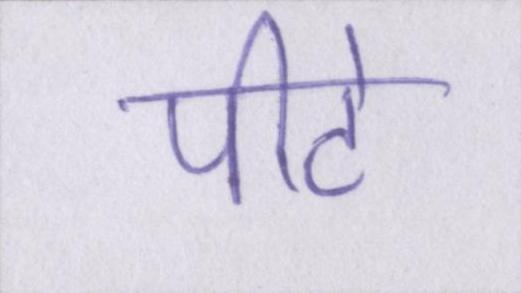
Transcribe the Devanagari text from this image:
पीटे